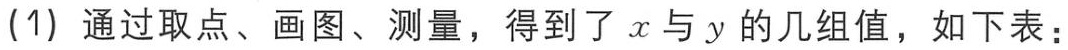
(1) 通过取点、画图、测量，得到了 \(x\) 与 \(y\) 的几组值，如下表：